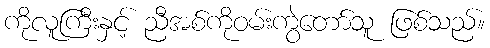
ကိုလူကြီးနှင့် ညီအစ်ကိုဝမ်းကွဲတော်သူ ဖြစ်သည်။